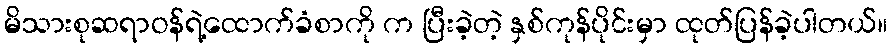
မိသားစုဆရာဝန်ရဲ့ထောက်ခံစာကို က ပြီးခဲ့တဲ့ နှစ်ကုန်ပိုင်းမှာ ထုတ်ပြန်ခဲ့ပါတယ်။